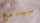
سيدفع